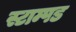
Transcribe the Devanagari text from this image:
स्टाम्पड